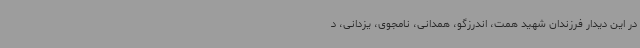
در این دیدار فرزندان شهید همت، اندرزگو، همدانی، نامجوی، یزدانی، د